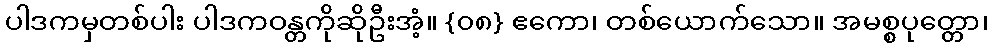
ပါဒကမှတစ်ပါး ပါဒကဝန္တကိုဆိုဦးအံ့။ {၀၈} ဧကော၊ တစ်ယောက်သော။ အမစ္စပုတ္တော၊